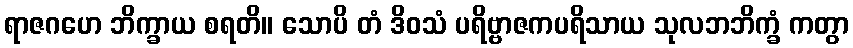
ရာဇဂဟေ ဘိက္ခာယ စရတိ။ သောပိ တံ ဒိဝသံ ပရိဗ္ဗာဇကပရိသာယ သုလဘဘိက္ခံ ကတွာ